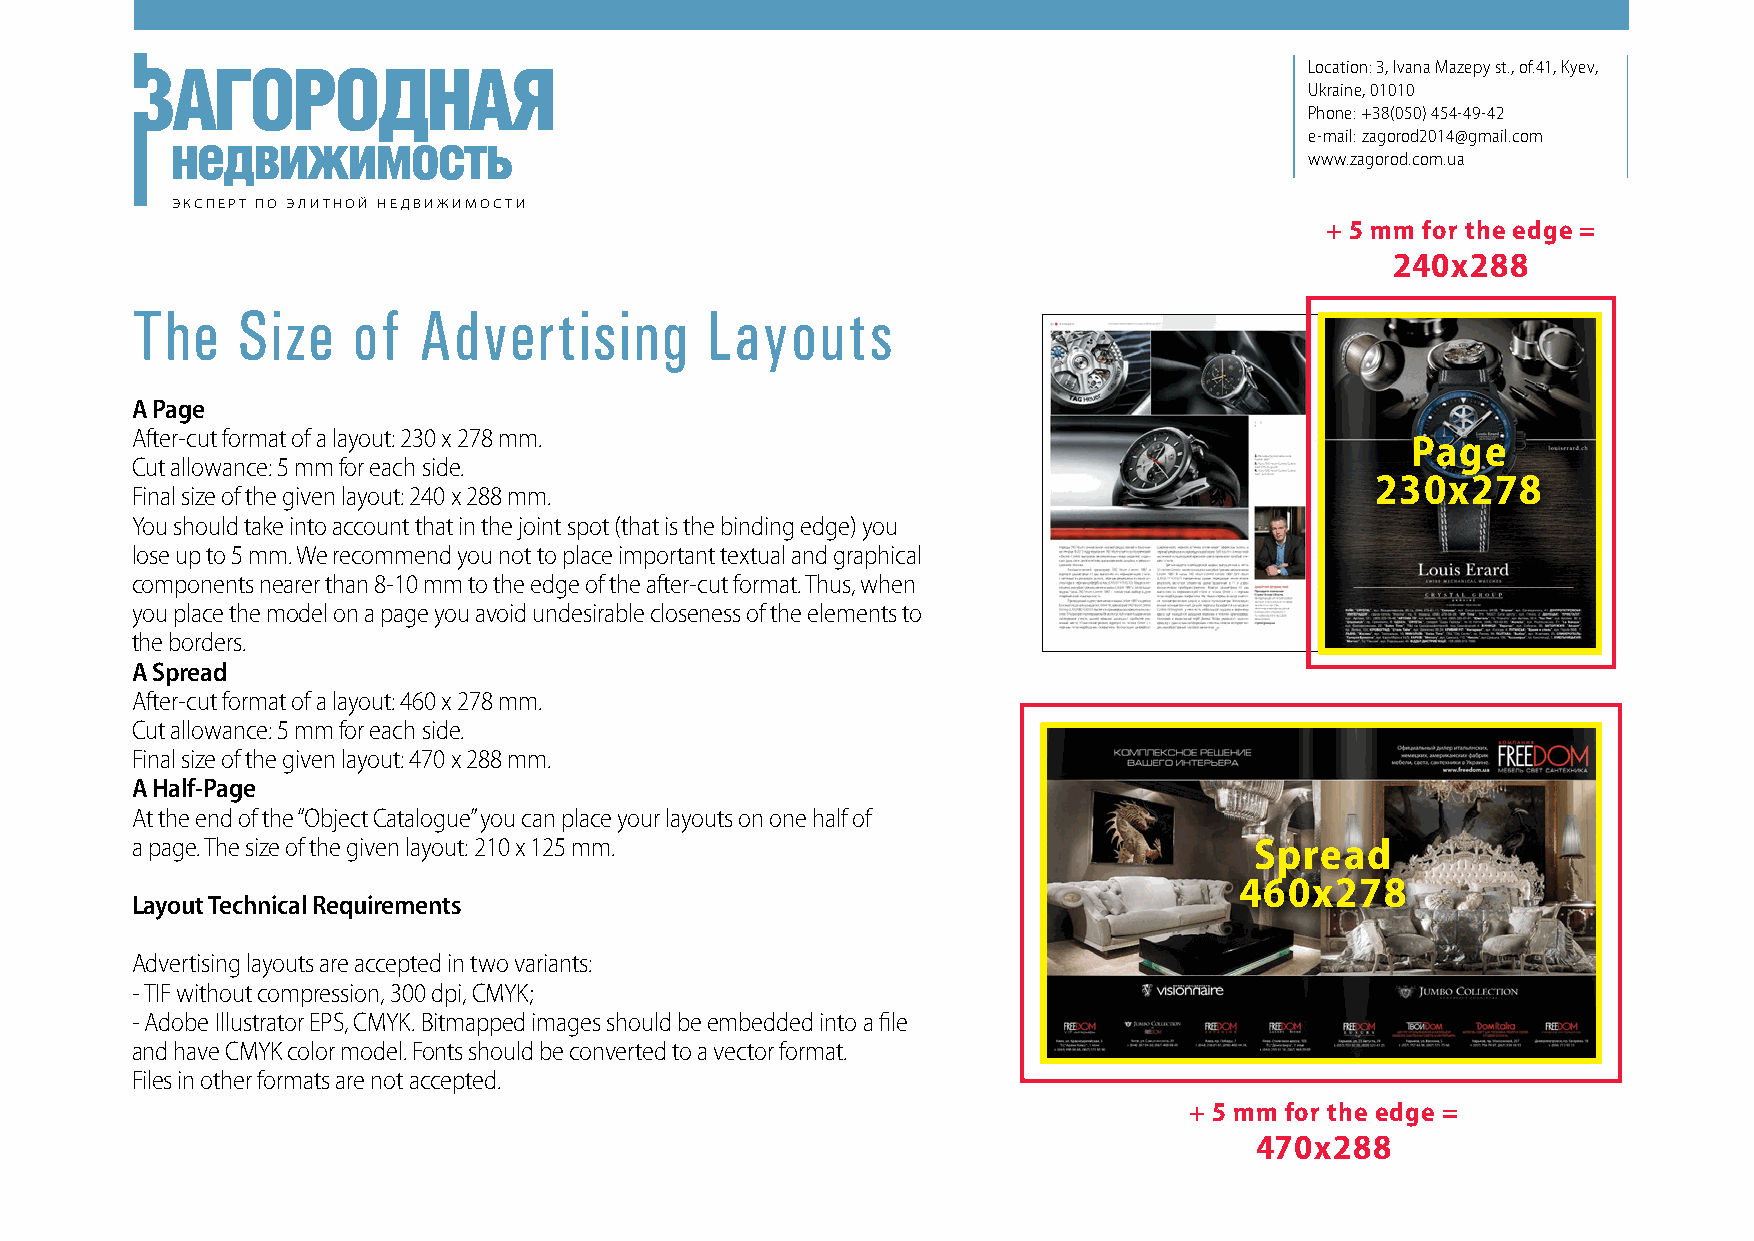
Location: 3, Ivana Mazepy st., of.41, Kyev,
 Ukraine, 01010
 Phone: +38(050) 454-49-42
 e-mail: zagorod2014@gmail.com
 www.zagorod.com.ua
 ЭКСПЕРТ ПО ЭЛИТНОЙ НЕДВИЖИМОСТИ
 + 5 mm for the edge =
 240х288
 The    Size   of   Advertising        Layouts
 A Page
 After-cut format of a layout: 230 х 278 mm.
 Page
 Cut allowance: 5 mm for each side.
 230х278
 Final size of the given layout: 240 х 288 mm.
 You should take into account that in the joint spot (that is the binding edge) you
 lose up to 5 mm. We recommend you not to place important textual and graphical
 components nearer than 8-10 mm to the edge of the after-cut format. Thus, when
 you place the model on a page you avoid undesirable closeness of the elements to
 the borders.
 A Spread
 After-cut format of a layout: 460 х 278 mm.
 Cut allowance: 5 mm for each side.
 Final size of the given layout: 470 х 288 mm.
 A Half-Page
 At the end of the “Object Catalogue” you can place your layouts on one half of
 a page. The size of the given layout: 210 х 125 mm.                       Spread
 460х278
 Layout Technical Requirements
 Advertising layouts are accepted in two variants:
 - TIF without compression, 300 dpi, CMYK;
 - Adobe Illustrator EPS, CMYK. Bitmapped images should be embedded into a file
 and have CMYK color model. Fonts should be converted to a vector format.
 Files in other formats are not accepted.
 + 5 mm for the edge =
 470х288